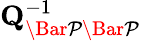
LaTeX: \mathbf{Q}_{\mathcal{\Bar{P}\Bar{P}}}^{-1}